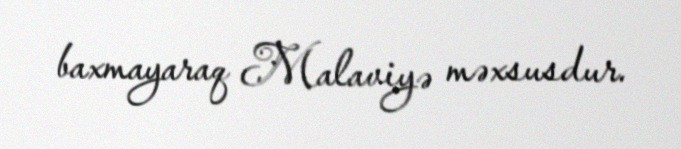
baxmayaraq Malaviyə məxsusdur.